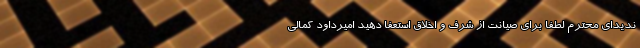
ندیدای محترم لطفا برای صیانت از شرف و اخلاق استعفا دهید امیرداود کمالی